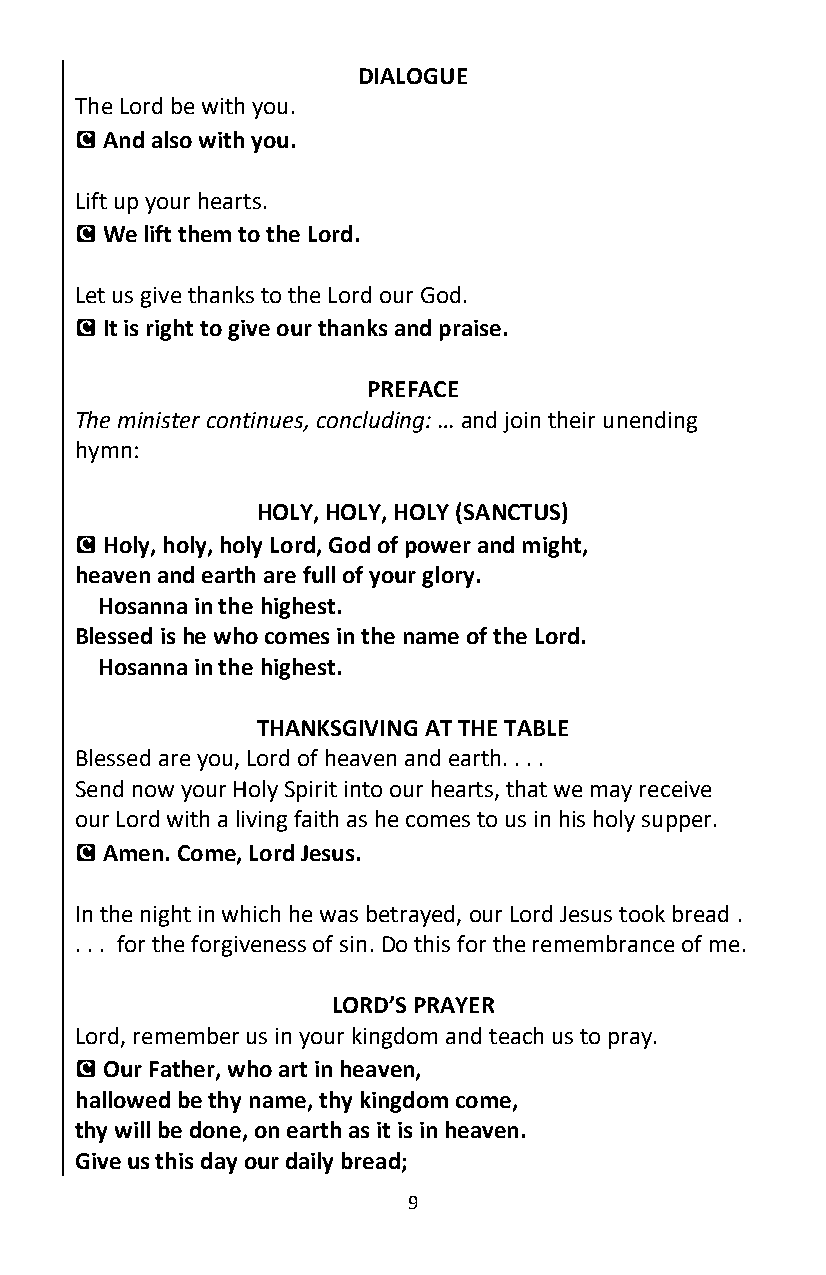
DIALOGUE
 The Lord be with you.
 C And also with you.
 Lift up your hearts.
 C We lift them to the Lord.
 Let us give thanks to the Lord our God.
 C It is right to give our thanks and praise.
 PREFACE
 The minister continues, concluding: … and join their unending
 hymn:
 HOLY, HOLY, HOLY (SANCTUS)
 C Holy, holy, holy Lord, God of power and might,
 heaven and earth are full of your glory.
 Hosanna in the highest.
 Blessed is he who comes in the name of the Lord.
 Hosanna in the highest.
 THANKSGIVING AT THE TABLE
 Blessed are you, Lord of heaven and earth. . . .
 Send now your Holy Spirit into our hearts, that we may receive
 our Lord with a living faith as he comes to us in his holy supper.
 C Amen. Come, Lord Jesus.
 In the night in which he was betrayed, our Lord Jesus took bread .
 . . . for the forgiveness of sin. Do this for the remembrance of me.
 LORD’S PRAYER
 Lord, remember us in your kingdom and teach us to pray.
 C Our Father, who art in heaven,
 hallowed be thy name, thy kingdom come,
 thy will be done, on earth as it is in heaven.
 Give us this day our daily bread;
 9